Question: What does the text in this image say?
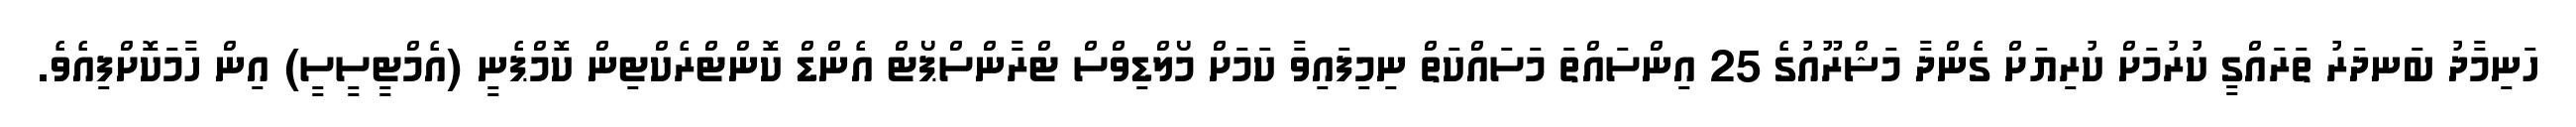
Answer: ހަނިމާދު ބަނދަރު ތަރައްގީ ކުރުމަށް ކުރިޔަށް ގެންދާ މަޝްރޫއުގެ 25 އިންސައްތަ މަސައްކަތް ނިމިފައިވާ ކަމަށް މޯލްޑިވްސް ޓްރާންސްޕޯޓް އެންޑް ކޮންޓްރެކްޓިން ކޮމްޕެނީ (އެމްޓީސީސީ) އިން ހާމަކޮށްފިއެވެ.